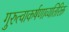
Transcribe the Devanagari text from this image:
गुरुत्वाकर्षणाव्यतिरिक्त